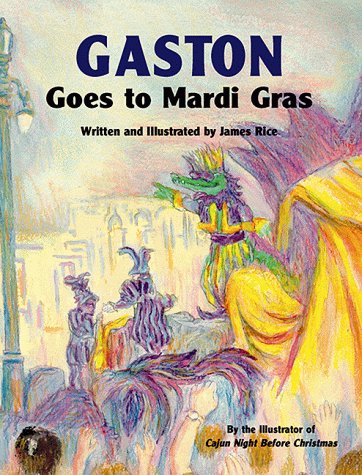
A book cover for GastonÂ® Goes to Mardi Gras (GastonÂ® Series); Children's Books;